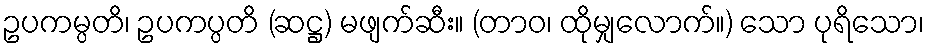
ဥပကမ္ပတိ၊ ဥပကပ္ပတိ (ဆဋ္ဌ) မဖျက်ဆီး။ (တာဝ၊ ထိုမျှလောက်။) သော ပုရိသော၊